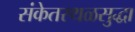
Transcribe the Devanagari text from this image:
संकेतस्थळसुद्धा